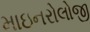
માઇનરોલોજી